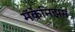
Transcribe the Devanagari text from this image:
मॅकेनिझम